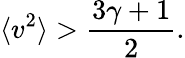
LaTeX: \langle v^{2}\rangle>\frac{3\gamma+1}{2}.